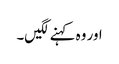
اور وہ کہنے لگیں۔